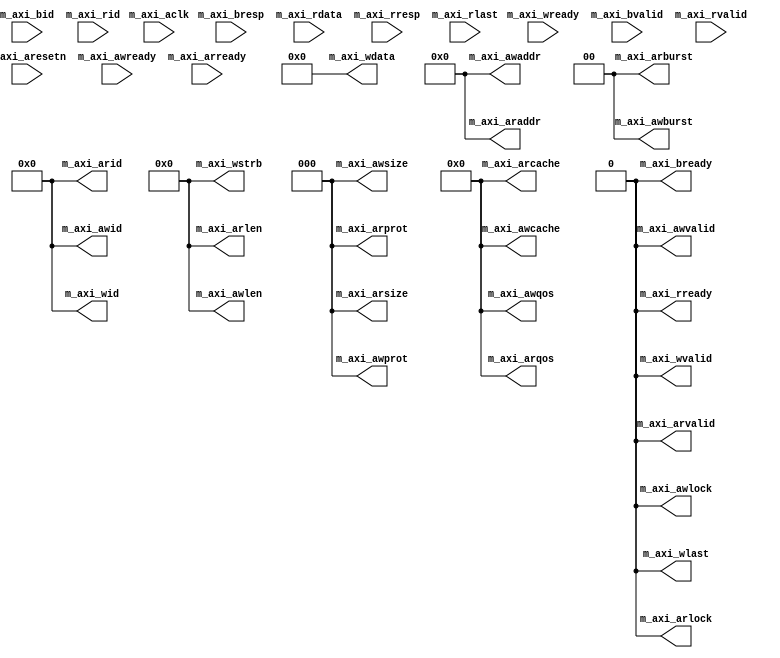
module aximaster_stub (
   m_axi_awid, m_axi_awaddr, m_axi_awlen, m_axi_awsize, m_axi_awburst,
   m_axi_awlock, m_axi_awcache, m_axi_awprot, m_axi_awqos,
   m_axi_awvalid, m_axi_wid, m_axi_wdata, m_axi_wstrb, m_axi_wlast,
   m_axi_wvalid, m_axi_bready, m_axi_arid, m_axi_araddr, m_axi_arlen,
   m_axi_arsize, m_axi_arburst, m_axi_arlock, m_axi_arcache,
   m_axi_arprot, m_axi_arqos, m_axi_arvalid, m_axi_rready,
   m_axi_aclk, m_axi_aresetn, m_axi_awready, m_axi_wready, m_axi_bid,
   m_axi_bresp, m_axi_bvalid, m_axi_arready, m_axi_rid, m_axi_rdata,
		  m_axi_rresp, m_axi_rlast, m_axi_rvalid
   );
   parameter M_IDW  = 12;
   input  	       m_axi_aclk;    
   input  	       m_axi_aresetn; 
   output [M_IDW-1:0]  m_axi_awid;    
   output [31 : 0]     m_axi_awaddr;  
   output [7 : 0]      m_axi_awlen;   
   output [2 : 0]      m_axi_awsize;  
   output [1 : 0]      m_axi_awburst; 
   output              m_axi_awlock;  
   output [3 : 0]      m_axi_awcache; 
   output [2 : 0]      m_axi_awprot;  
   output [3 : 0]      m_axi_awqos;   
   output 	       m_axi_awvalid; 
   input 	       m_axi_awready; 
   output [M_IDW-1:0]  m_axi_wid;     
   output [63 : 0]     m_axi_wdata;   
   output [7 : 0]      m_axi_wstrb;   
   output 	       m_axi_wlast;   
   output 	       m_axi_wvalid;  
   input 	       m_axi_wready;  
   input [M_IDW-1:0]     m_axi_bid;
   input [1 : 0]       m_axi_bresp;   
   input 	       m_axi_bvalid;  
   output 	       m_axi_bready;  
   output [M_IDW-1:0]  m_axi_arid;    
   output [31 : 0]     m_axi_araddr;  
   output [7 : 0]      m_axi_arlen;   
   output [2 : 0]      m_axi_arsize;  
   output [1 : 0]      m_axi_arburst; 
   output              m_axi_arlock;  
   output [3 : 0]      m_axi_arcache; 
   output [2 : 0]      m_axi_arprot;  
   output [3 : 0]      m_axi_arqos;   
   output 	       m_axi_arvalid; 
   input 	       m_axi_arready; 
   input [M_IDW-1:0]   m_axi_rid; 
   input [63 : 0]      m_axi_rdata;   
   input [1 : 0]       m_axi_rresp;   
   input 	       m_axi_rlast;   
   input 	       m_axi_rvalid;  
   output 	       m_axi_rready;  
   assign   m_axi_awid    ='b0;
   assign   m_axi_awaddr  ='b0;
   assign   m_axi_awlen   ='b0;
   assign   m_axi_awsize  ='b0;
   assign   m_axi_awburst ='b0;
   assign   m_axi_awlock  ='b0;
   assign   m_axi_awcache ='b0;
   assign   m_axi_awprot  ='b0;
   assign   m_axi_awqos   ='b0;
   assign   m_axi_awvalid ='b0;
   assign   m_axi_wid     ='b0;
   assign   m_axi_wdata   ='b0;
   assign   m_axi_wstrb   ='b0;
   assign   m_axi_wlast   ='b0;
   assign   m_axi_wvalid  ='b0;
   assign   m_axi_bready  ='b0;
   assign   m_axi_arid    ='b0;
   assign   m_axi_araddr  ='b0;
   assign   m_axi_arlen   ='b0;
   assign   m_axi_arsize  ='b0;
   assign   m_axi_arburst ='b0;
   assign   m_axi_arlock  ='b0;
   assign   m_axi_arcache ='b0;
   assign   m_axi_arprot  ='b0;
   assign   m_axi_arqos   ='b0;
   assign   m_axi_arvalid ='b0;
   assign   m_axi_rready  ='b0;
endmodule